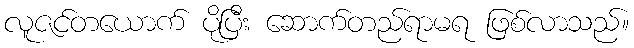
လူဇင်တယောက် ပိုပြီး ဆောက်တည်ရာမရ ဖြစ်လာသည်။